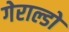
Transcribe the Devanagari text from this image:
गेराल्डो